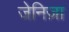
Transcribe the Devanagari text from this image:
जेनिज़ा